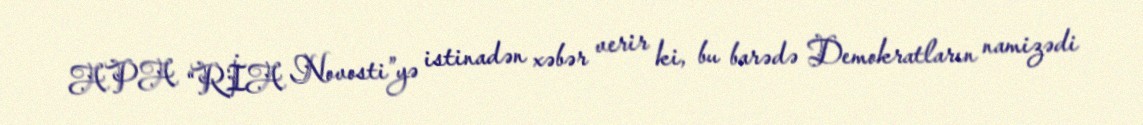
APA “RİA Novosti”yə istinadən xəbər verir ki, bu barədə Demokratların namizədi